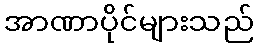
အာဏာပိုင်များသည်